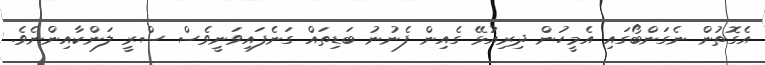
އެގޮތުން ނެގަންބޯގައި އެމީހުން ދިރިއުޅޭ ގެއިން ފެނުނު ބަޑިތައް ގަނެފައިވަނީވެސް ސްރީ ލަންކާއިންނެވެ.